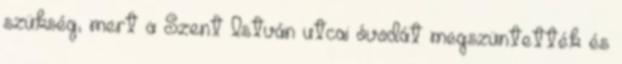
szükség, mert a Szent István utcai óvodát megszüntették és